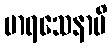
မာရသေနာပိ